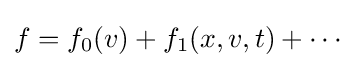
f=f_{0}(v)+f_{1}(x,v,t)+\cdots